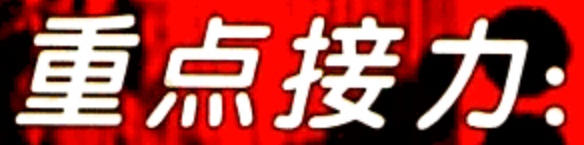
重点接力: